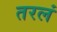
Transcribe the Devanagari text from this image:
तरलं